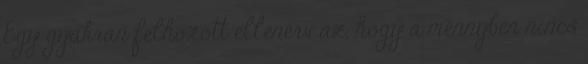
Egy gyakran felhozott ellenérv az, hogy a mennyben nincs